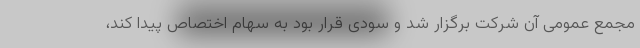
مجمع عمومی آن شرکت برگزار شد و سودی قرار بود به سهام اختصاص پیدا کند،